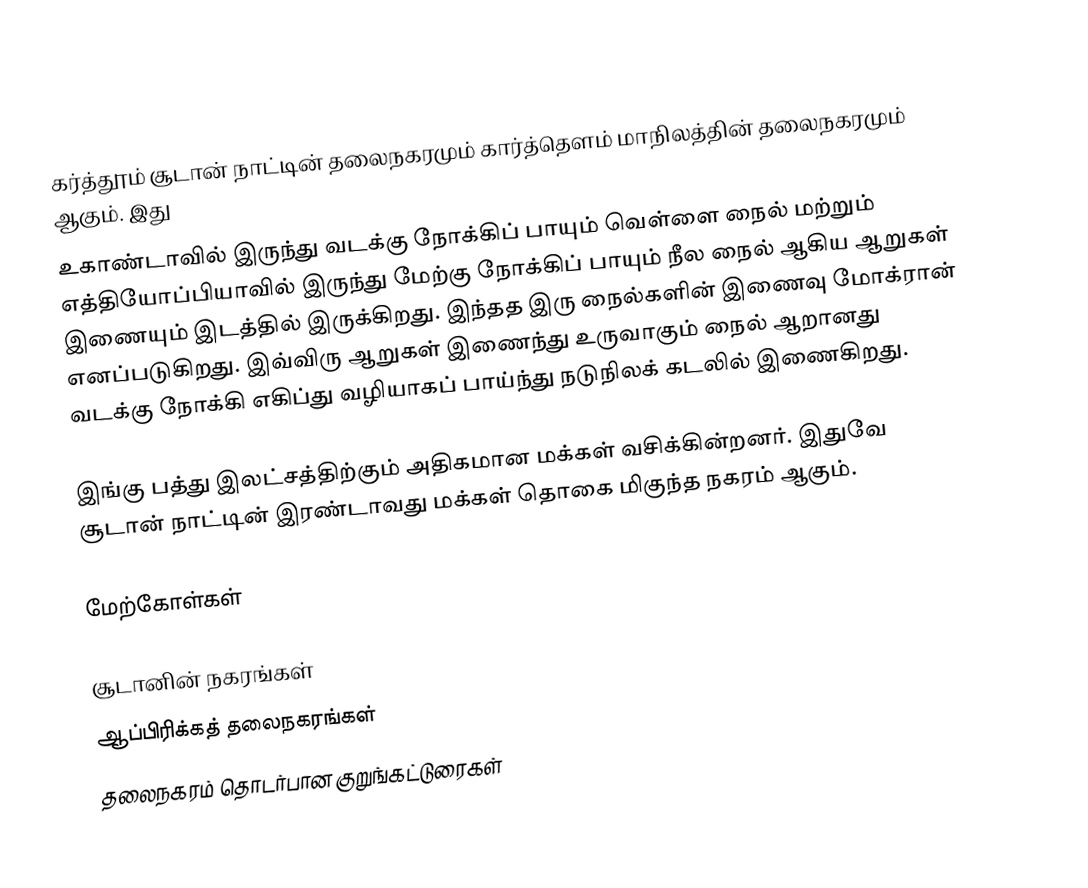
கர்த்தூம் சூடான் நாட்டின் தலைநகரமும் கார்த்தௌம் மாநிலத்தின் தலைநகரமும் ஆகும். இது
உகாண்டாவில் இருந்து வடக்கு நோக்கிப் பாயும் வெள்ளை நைல் மற்றும் எத்தியோப்பியாவில் இருந்து மேற்கு நோக்கிப் பாயும் நீல நைல் ஆகிய ஆறுகள் இணையும் இடத்தில் இருக்கிறது. இந்தத இரு நைல்களின் இணைவு மோக்ரான் எனப்படுகிறது. இவ்விரு ஆறுகள் இணைந்து உருவாகும் நைல் ஆறானது வடக்கு நோக்கி எகிப்து வழியாகப் பாய்ந்து நடுநிலக் கடலில் இணைகிறது.

இங்கு பத்து இலட்சத்திற்கும் அதிகமான மக்கள் வசிக்கின்றனர். இதுவே சூடான் நாட்டின் இரண்டாவது மக்கள் தொகை மிகுந்த நகரம் ஆகும்.

மேற்கோள்கள்

சூடானின் நகரங்கள்
ஆப்பிரிக்கத் தலைநகரங்கள்
தலைநகரம் தொடர்பான குறுங்கட்டுரைகள்